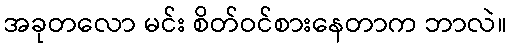
အခုတလော မင်း စိတ်ဝင်စားနေတာက ဘာလဲ။